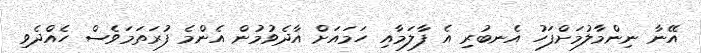
އޭނާ ނިންމާލުމަށްފަހު އެނބުރި އެ ފާލަމާއި ހަމައަށް އާދެވުމުން އެންމެ ފުރަތަމަވެސް ހެއްދެވި